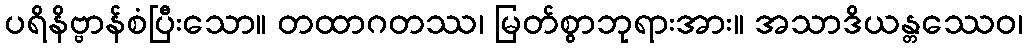
ပရိနိဗ္ဗာန်စံပြီးသော။ တထာဂတဿ၊ မြတ်စွာဘုရားအား။ အသာဒိယန္တဿေဝ၊